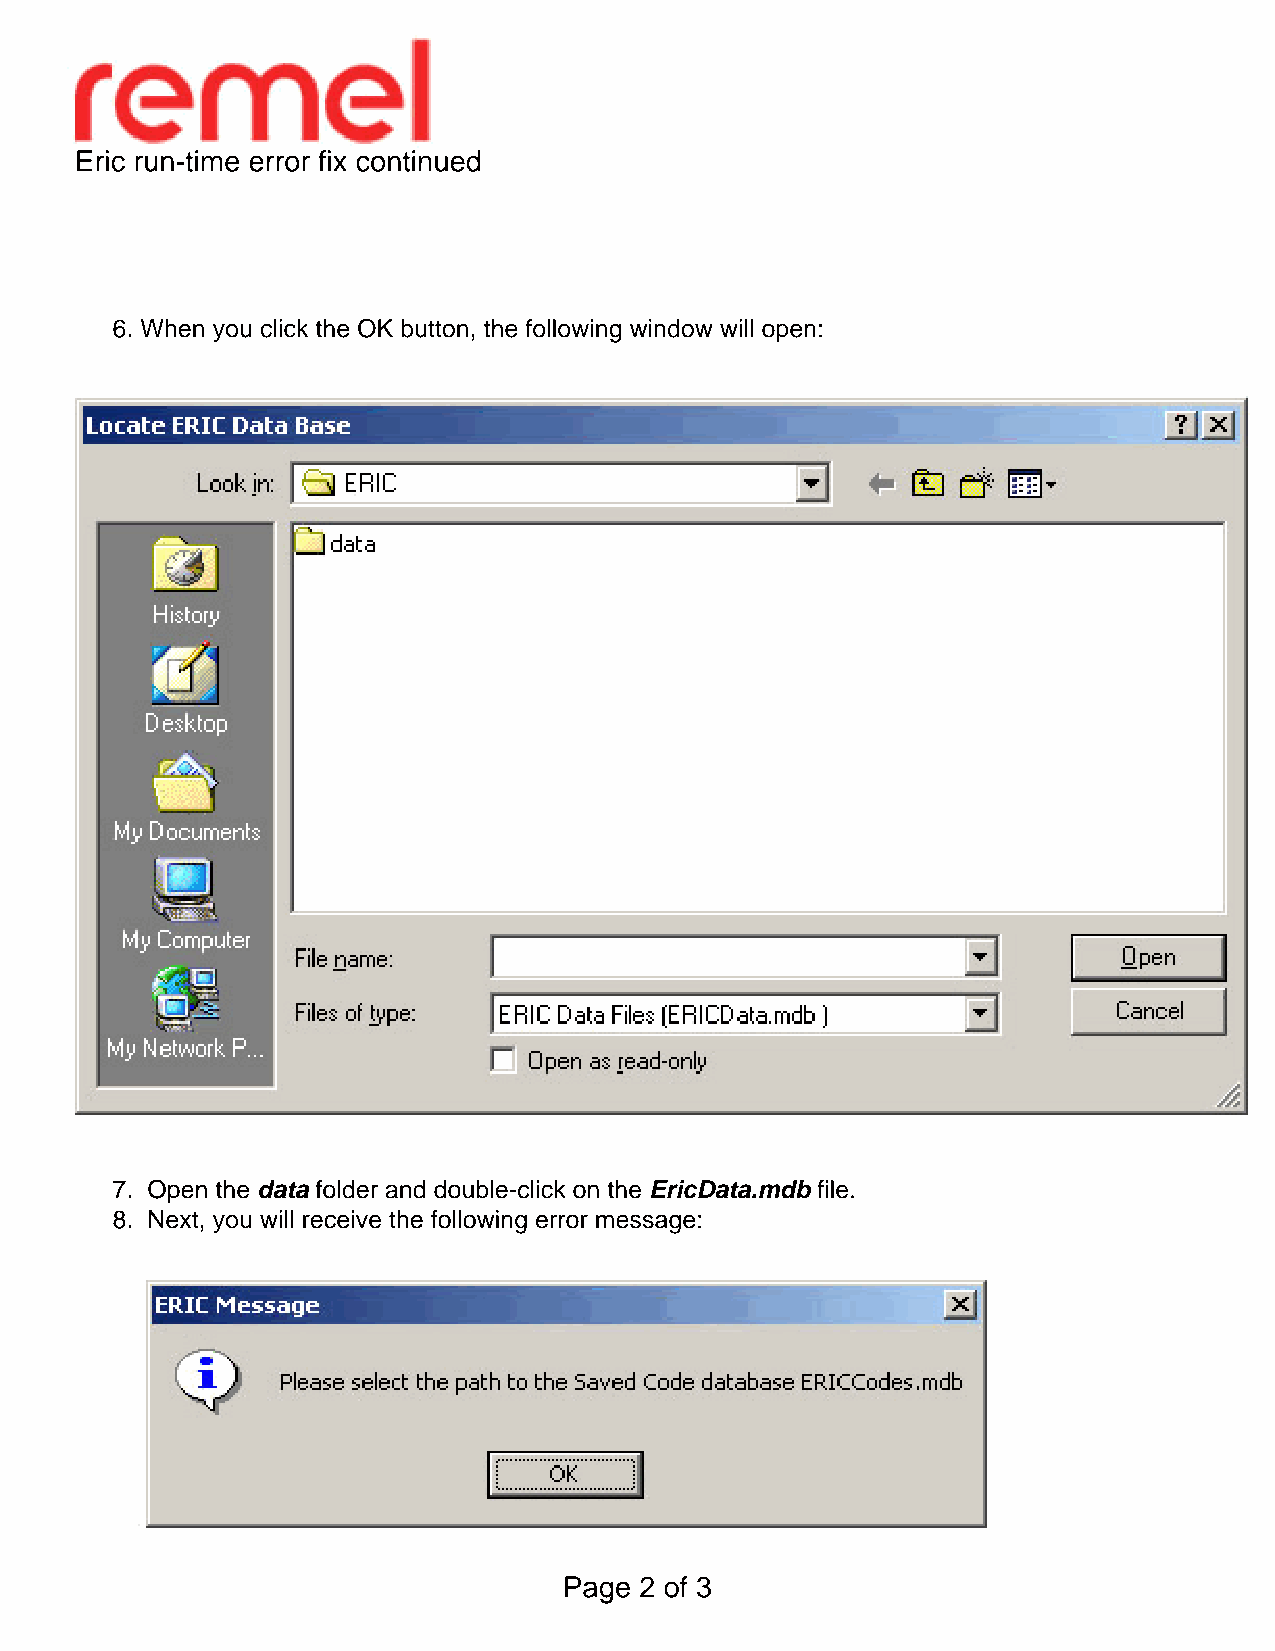
Eric run-time error fix continued
 6. When you click the OK button, the following window will open:
 7. Open the data folder and double-click on the EricData.mdb file.
 8. Next, you will receive the following error message:
 Page 2 of 3